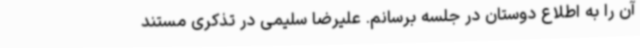
آن را به اطلاع دوستان در جلسه برسانم. علیرضا سلیمی در تذکری مستند